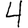
Digit: 4